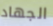
الجهاد